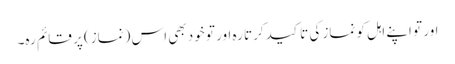
اور تو اپنے اہل کو نماز کی تا کید کرتا رہ اور تو خود بھی اس (نماز) پر قائم رہ۔